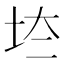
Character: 𡊌